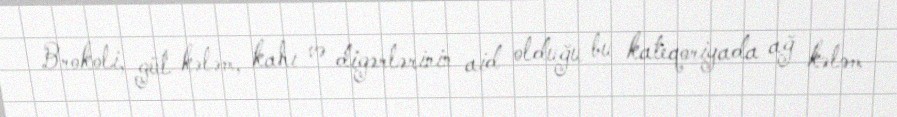
Brokoli, gül kələm, kahı və digərlərinin aid olduğu bu kateqoriyada ağ kələm